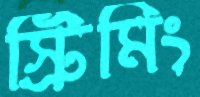
স্ট্রিমিং